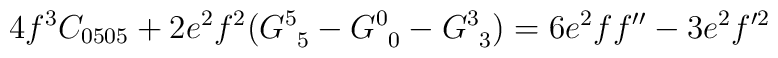
4f^3C_{0505}+2e^2f^2(G^{5}_{\phantom{5}5}-G^{0}_{\phantom{0}0}-G^{3}_{\phantom{3}3})=6e^2ff^{\prime\prime}-3e^2f^{\prime 2}